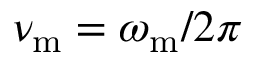
\nu _ { \mathrm { m } } = \omega _ { \mathrm { m } } / 2 \pi